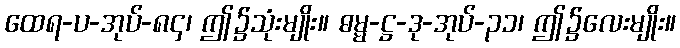
ထေရ-ပ-အုပ်-၈၄၊ ဤ၌သုံးမျိုး။ ဓမ္မ-ဋ္ဌ-ဒု-အုပ်-၃၁၊ ဤ၌လေးမျိုး။